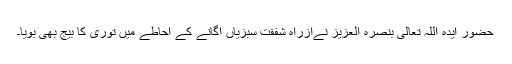
حضور ایدہ اللہ تعالیٰ بنصرہ العزیز نےازراہِ شفقت سبزیاں اگانے کے احاطے میں توری کا بیج بھی بویا۔